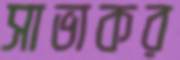
সাভাকর